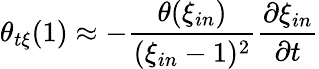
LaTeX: \theta_{t\xi}(1)\approx-\frac{\theta(\xi_{in})}{(\xi_{in}-1)^{2}}\frac{\partial\xi_{in}}{\partial t}